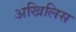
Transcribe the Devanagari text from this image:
अखिलिस